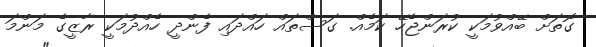
ގޮތަށް ބޭއްވުމަކީ ކުރަންޖެހޭ ކަމެއް. ގަސްތައް ހައްދައި ފެންދީ ހެއްދުމަކީ ރާޒީގެ މަންމަ